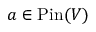
a \in \operatorname { P i n } ( V )